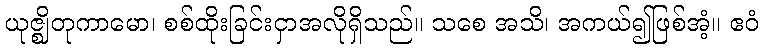
ယုဇ္ဈိတုကာမော၊ စစ်ထိုးခြင်းငှာအလိုရှိသည်။ သစေ အသိ၊ အကယ်၍ဖြစ်အံ့။ ဧဝံ